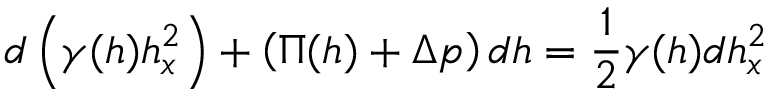
d \left( \gamma ( h ) h _ { x } ^ { 2 } \right) + \left( \Pi ( h ) + \Delta p \right) d h = \frac { 1 } { 2 } \gamma ( h ) d h _ { x } ^ { 2 }